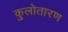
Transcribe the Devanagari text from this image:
कुलोतारण